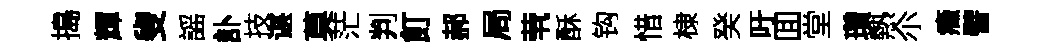
搗輝叟謡訃技谌莫茫判飣郝局茕酥钩惜棣癸吁囬堂瓚熱尒癥譬